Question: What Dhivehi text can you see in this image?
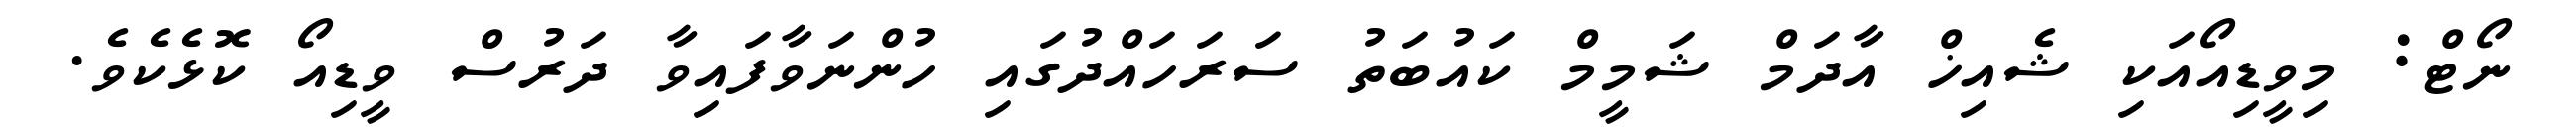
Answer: ނޯޓް: މިވީޑިއޯއަކި ޝެއިޚް އާދަމް ޝަމީމް ކައުބަތު ސަރަހައްދުގައި ހުންނަވާފައިވާ ދަރުސް ވީޑިއޯ ކޮޅެކެވެ.